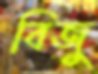
বিজু